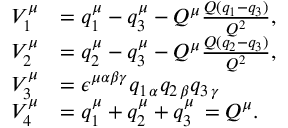
\begin{array} { l l } { { V _ { 1 } ^ { \mu } } } & { { = q _ { 1 } ^ { \mu } - q _ { 3 } ^ { \mu } - Q ^ { \mu } \frac { Q ( q _ { 1 } - q _ { 3 } ) } { Q ^ { 2 } } , } } \\ { { V _ { 2 } ^ { \mu } } } & { { = q _ { 2 } ^ { \mu } - q _ { 3 } ^ { \mu } - Q ^ { \mu } \frac { Q ( q _ { 2 } - q _ { 3 } ) } { Q ^ { 2 } } , } } \\ { { V _ { 3 } ^ { \mu } } } & { { = \epsilon ^ { \mu \alpha \beta \gamma } q _ { 1 \, \alpha } q _ { 2 \, \beta } q _ { 3 \, \gamma } } } \\ { { V _ { 4 } ^ { \mu } } } & { { = q _ { 1 } ^ { \mu } + q _ { 2 } ^ { \mu } + q _ { 3 } ^ { \mu } \, = Q ^ { \mu } . } } \end{array}